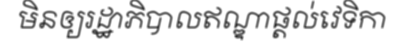
មិនឲ្យរដ្ឋាភិបាលឥណ្ឌាផ្តល់វេទិកា